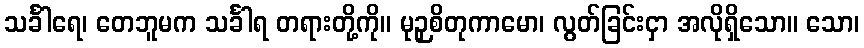
သင်္ခါရေ၊ တေဘူမက သင်္ခါရ တရားတို့ကို။ မုဉှစိတုကာမော၊ လွတ်ခြင်းငှာ အလိုရှိသော။ သော၊